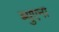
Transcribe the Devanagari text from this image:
ब्युएना